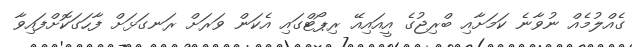
ގެއްލުމެއް ނުވާނެ ކަމަށާއި ބްރިޖުގެ އީއައިއޭ ރިޕޯޓްގައި އެކަން ވަރަށް ރަނގަޅަށް ފާހަގަކޮށްފައިވާ